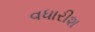
વધારીશ